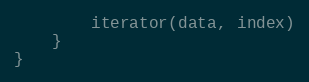
Language: Go
		iterator(data, index)
	}
}